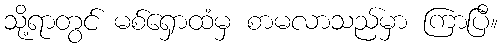
သို့ရာတွင် မစ်ရှောထံမှ စာမလာသည်မှာ ကြာပြီ။